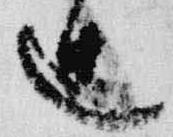
辻